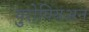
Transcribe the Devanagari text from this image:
युरोपियअन